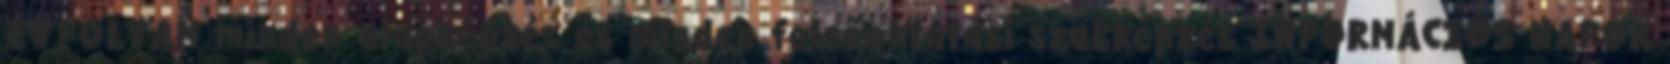
ÉVFOLYAM minden alapképzés és minden felsőoktatási szakképzés INFORMÁCIÓS NAPOK